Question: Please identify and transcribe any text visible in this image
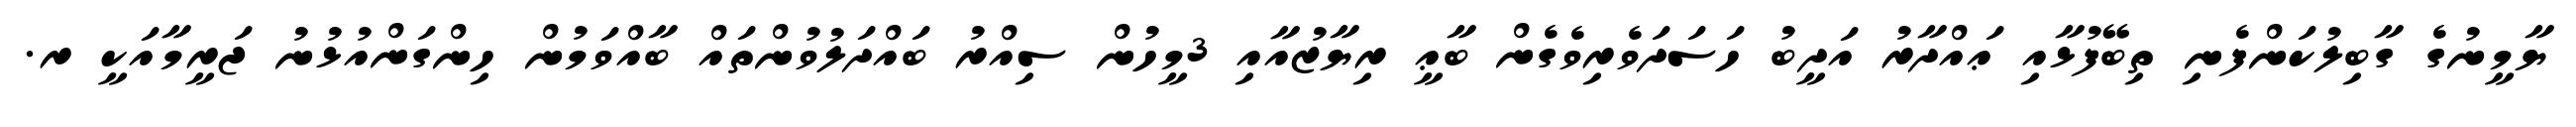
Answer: ޔާމީނުގެ ގާބިލުކަންފެނި ތިބޭފުޅާއި ޢައްދާރު އަދީބު ހަސަދަވެރިވެގެން ބާޢީ ރިޔާޒުއާއި 3މީހުން ސިއްރު ބައްދަލުވުންތައް ބާއްވަމުން ހިންގަންއުޅުނު ޖަރީމާއަކީ ރ.